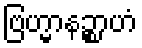
ဗြဟ္မာနဉ္စာဟံ